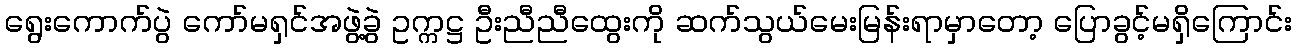
ရွေးကောက်ပွဲ ကော်မရှင်အဖွဲ့ခွဲ ဥက္ကဋ္ဌ ဦးညီညီထွေးကို ဆက်သွယ်မေးမြန်းရာမှာတော့ ပြောခွင့်မရှိကြောင်း